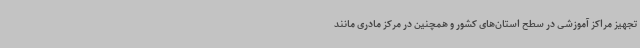
تجهیز مراکز آموزشی در سطح استان‌های کشور و همچنین در مرکز مادری مانند